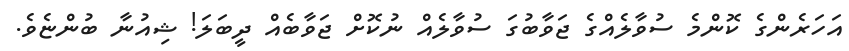
އަހަރެންގެ ކޮންމެ ސުވާލެއްގެ ޖަވާބުގަ ސުވާލެއް ނުކޮށް ޖަވާބެއް ދީބަލަ! ޝިއުނާ ބުންޏެވެ.